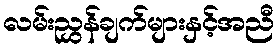
လမ်းညွှန်ချက်များနှင့်အညီ